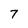
Character: 7